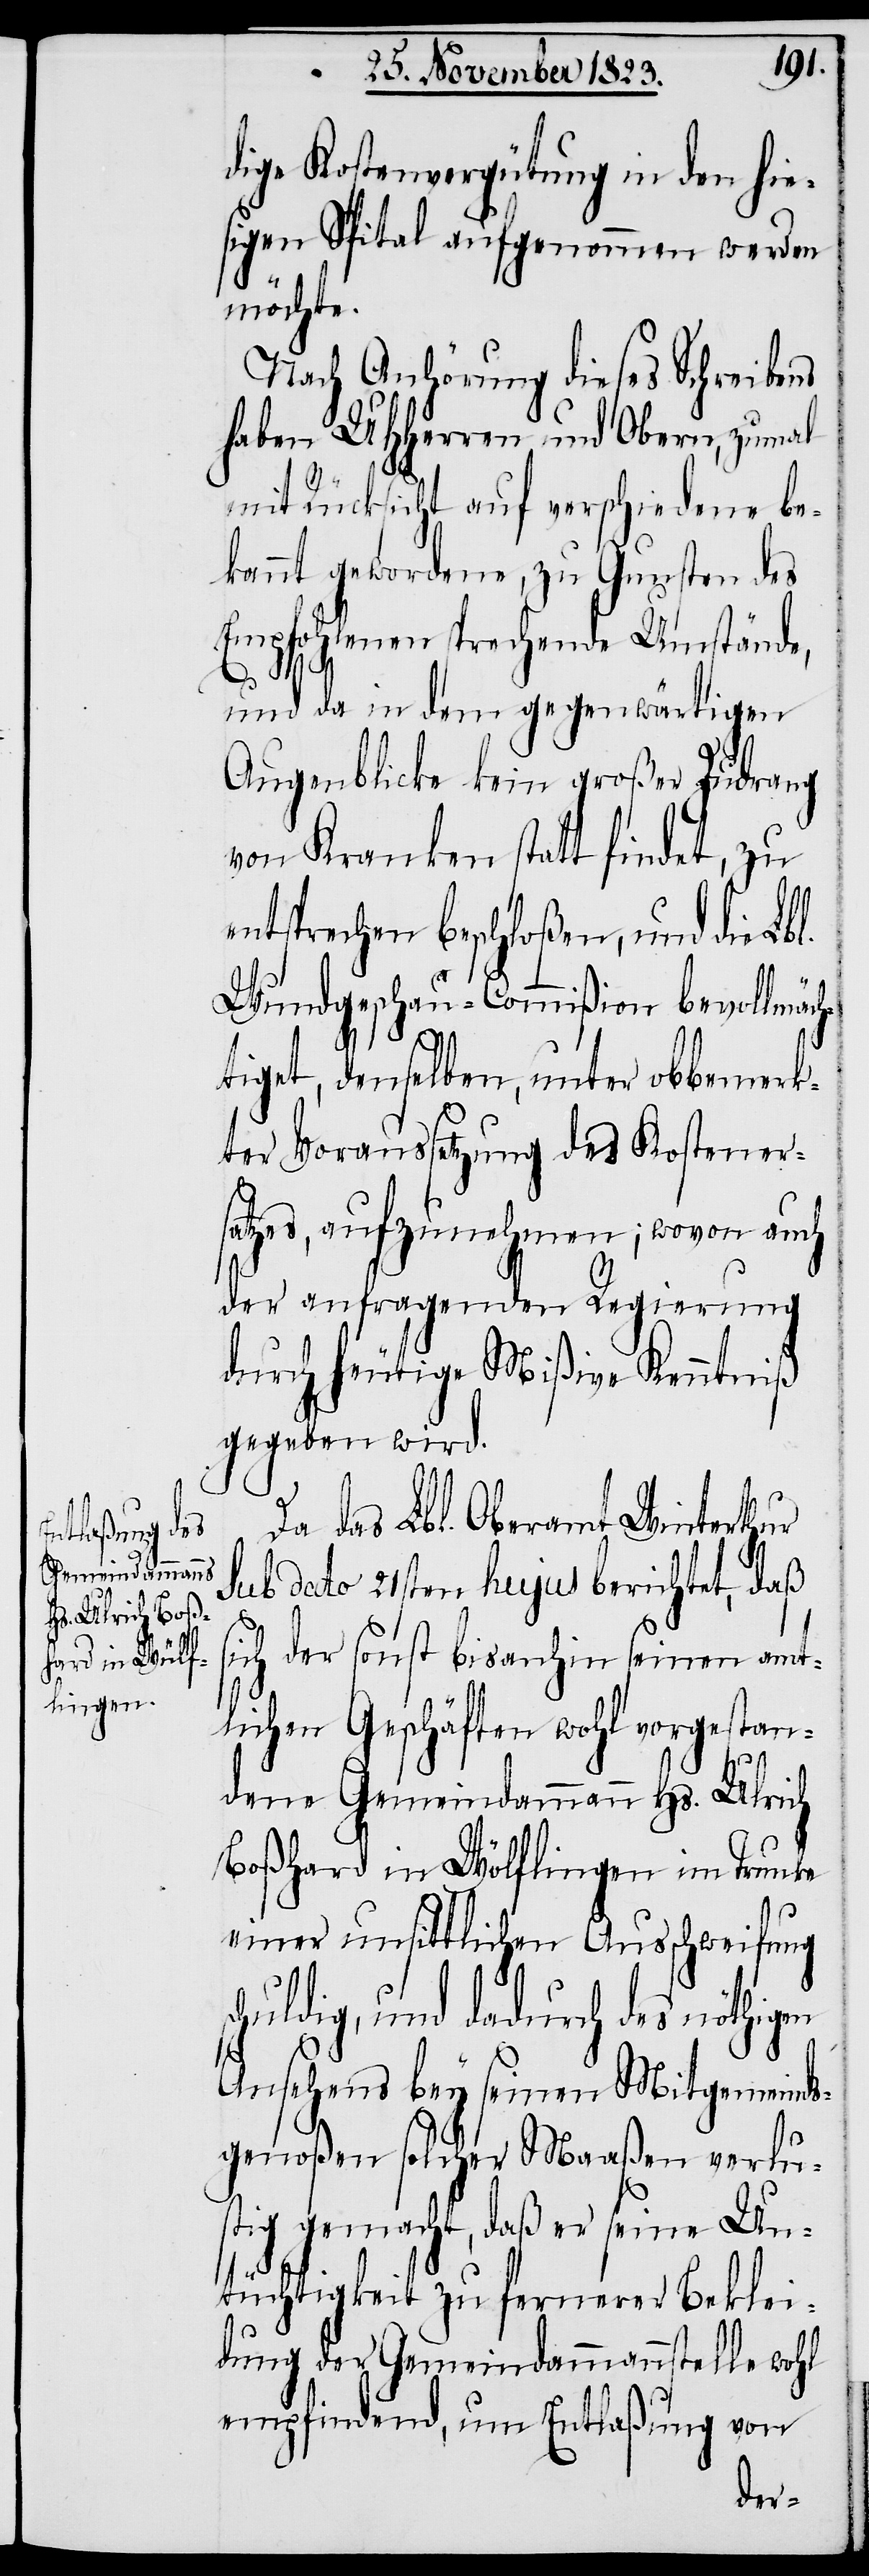
dige Kostenvergütung in den hie¬
sigen Spital aufgenommen werden
möchte.
Nach Anhörung dieses Schreibens
haben UHHerren und Obern, zumal
s¬
mit Rücksicht auf verschiedene be¬
kannt gewordene, zu Gunsten des
Empfohlenen sprechende Umstände,
und da in dem gegenwärtigen
Augenblicke kein großer Zudrang
von Kranken statt findet, zu
entsprechen beschloßen, und die Lbl.
Wundgeschau-Commißion bevollmäch¬
tiget, denselben, unter obbemerk¬
ter Voraussetzung des Kostener¬
satzes, aufzunehmen; wovon auch
der anfragenden Regierung
durch heutige Mißive Kenntniß
gegeben wird.
Da das Lbl. Oberamt Winterthur
sub dato 21sten hujus berichtet, daß
ich der sonst bisanhin seinen amt¬
lichen Geschäften wohl vorgestan¬
dene Gemeindammann Hs. Ulrich
Boßhard in Wölflingen im Trunke
einer unsittlichen Ausschweifung
chuldig, und dadurch des nöthigen
Ansehens bey seinen Mitgemeinds¬
genoßen solcher Maaßen verlu¬
stig gemacht, daß er seine Un¬
tüchtigkeit zu fernerer Beklei¬
dung der Gemeindammannstelle wohl
empfindend, um Entlaßung von